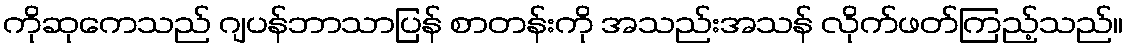
ကိုဆုကေသည် ဂျပန်ဘာသာပြန် စာတန်းကို အသည်းအသန် လိုက်ဖတ်ကြည့်သည်။